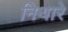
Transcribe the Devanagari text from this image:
निथारे